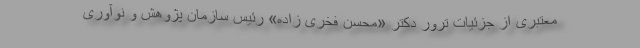
معتبری از جزئیات ترور دکتر «محسن فخری زاده» رئیس سازمان پژوهش و نوآوری